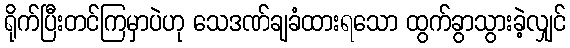
ရိုက်ပြီးတင်ကြမှာပဲဟု သေဒဏ်ချခံထားရသော ထွက်ခွာသွားခဲ့လျှင်